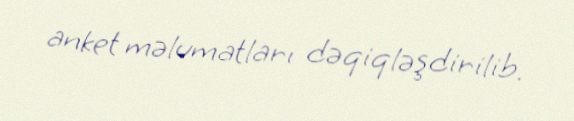
anket məlumatları dəqiqləşdirilib.